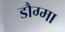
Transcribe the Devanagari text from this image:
डौग्मा